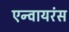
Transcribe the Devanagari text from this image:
एन्वायरंस